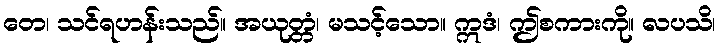
တေ၊ သင်ရဟန်းသည်။ အယုတ္တံ၊ မသင့်သော။ ဣဒံ၊ ဤစကားကို။ လပသိ၊